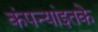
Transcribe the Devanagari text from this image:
कंपन्यांइतके